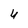
Character: 4